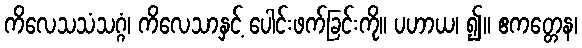
ကိလေသသံသဂ္ဂံ၊ ကိလေသာနှင့် ပေါင်းဖက်ခြင်းကို။ ပဟာယ၊ ၍။ ဧကတ္တေန၊